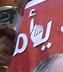
يأم